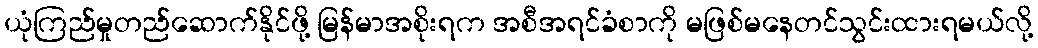
ယုံကြည်မှုတည်ဆောက်နိုင်ဖို့ မြန်မာအစိုးရက အစီအရင်ခံစာကို မဖြစ်မနေတင်သွင်းထားရမယ်လို့